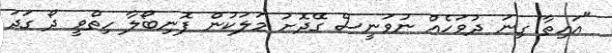
"އައިތާ ގިނަ ދުވަހެއް ނުވަނީސް ގޭދޮށު މަލަކުން ފޮނިބޯލާ ހިތްވީ ދޯ ގަދަ